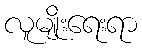
လူမျိုးရေးရာ